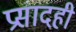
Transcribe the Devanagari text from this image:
प्रसादही